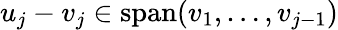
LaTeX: u_{j}-v_{j}\in\operatorname{span}(v_{1},\dotsc,v_{j-1})